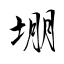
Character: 堋